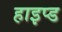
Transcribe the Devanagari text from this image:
हाइप्ड